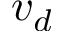
v _ { d }